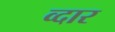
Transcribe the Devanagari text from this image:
व्दार